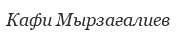
Кафи Мырзағалиев